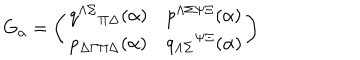
LaTeX: G _ { \alpha } = \left( \begin{matrix} { { q ^ { \Lambda \Sigma } { } _ { \Pi \Delta } ( \alpha ) } } & { { p ^ { \Lambda \Sigma \Psi \Xi } ( \alpha ) } } \\ { { p _ { \Delta \Gamma \Pi \Delta } ( \alpha ) } } & { { q _ { \Lambda \Sigma } { } ^ { \Psi \Xi } ( \alpha ) } } \\ \end{matrix} \right)